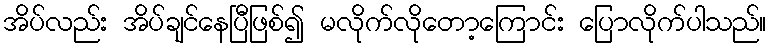
အိပ်လည်း အိပ်ချင်နေပြီဖြစ်၍ မလိုက်လိုတော့ကြောင်း ပြောလိုက်ပါသည်။